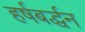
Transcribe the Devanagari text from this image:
हर्षबर्द्धन